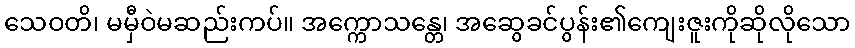
သေဝတိ၊ မမှီဝဲမဆည်းကပ်။ အက္ကောသန္တေ၊ အဆွေခင်ပွန်း၏ကျေးဇူးကိုဆိုလိုသော